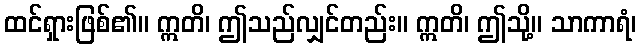
ထင်ရှားဖြစ်၏။ ဣတိ၊ ဤသည်လျှင်တည်း။ ဣတိ၊ ဤသို့။ သာကာရံ၊